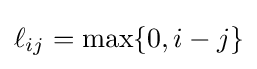
\ell _{ij}=\max\{0,i-j\}